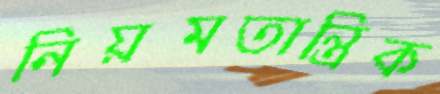
নিয়মতান্ত্রিক